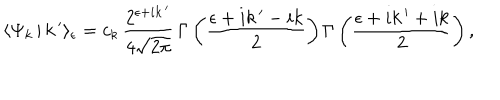
\langle \Psi _ { k } \, | \, k \, ^ { \prime } \rangle _ { \epsilon } = c _ { k } \, \frac { 2 ^ { \epsilon + i k \, ^ { \prime } } } { 4 \sqrt { 2 \pi } } \, \Gamma \left( \frac { \epsilon + i k \, ^ { \prime } - i k } { 2 } \right) \Gamma \left( \frac { \epsilon + i k \, ^ { \prime } + i k } { 2 } \right) ,